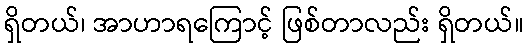
ရှိတယ်၊ အာဟာရကြောင့် ဖြစ်တာလည်း ရှိတယ်။